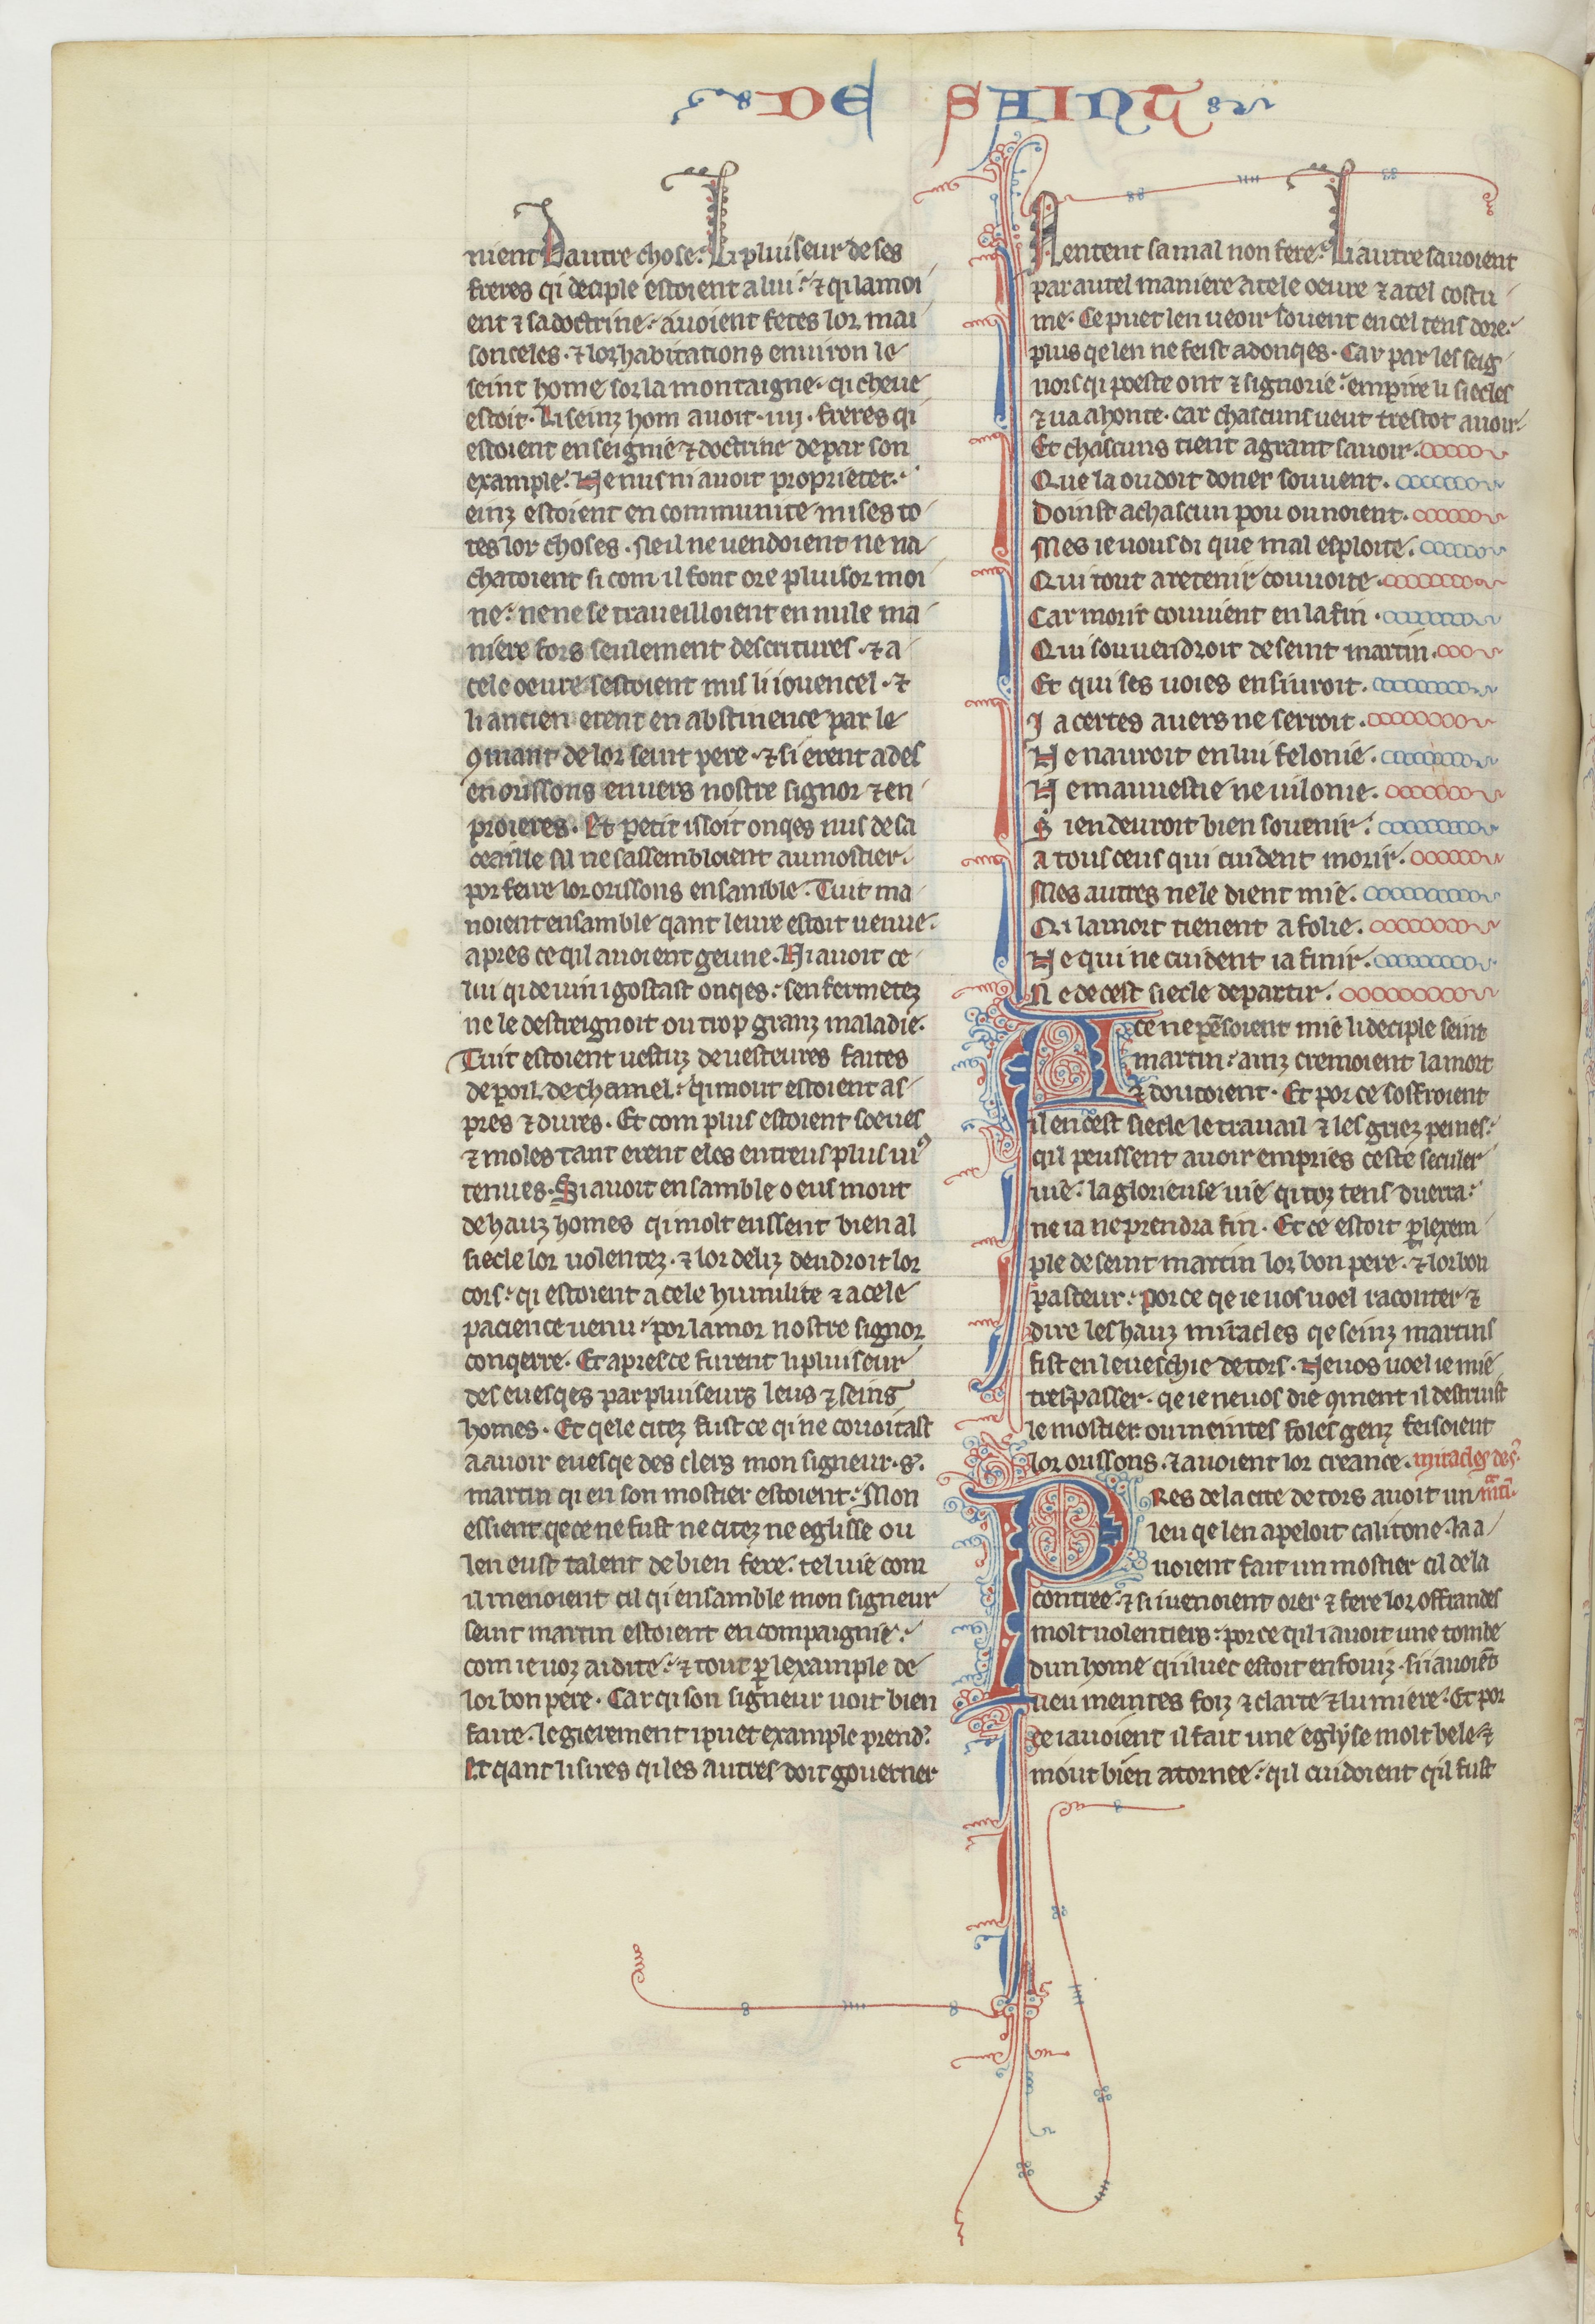
Shelfmark: Paris, BnF, fr. 412
Century: 13